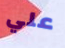
علي